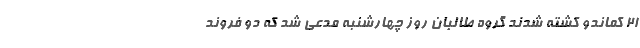
21 کماندو کشته شدند گروه طالبان روز چهارشنبه مدعی شد که دو فروند